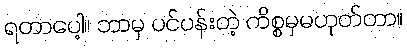
ရတာပေါ့။ ဘာမှ ပင်ပန်းတဲ့ ကိစ္စမှမဟုတ်တာ။